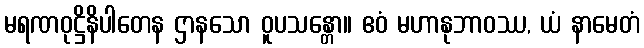
မရဏဝုဋ္ဌိနိပါတေန ဌာနသော ဝူပသန္တော။ ဧဝံ မဟာနုဘာဝဿ, ယံ နာမေတံ